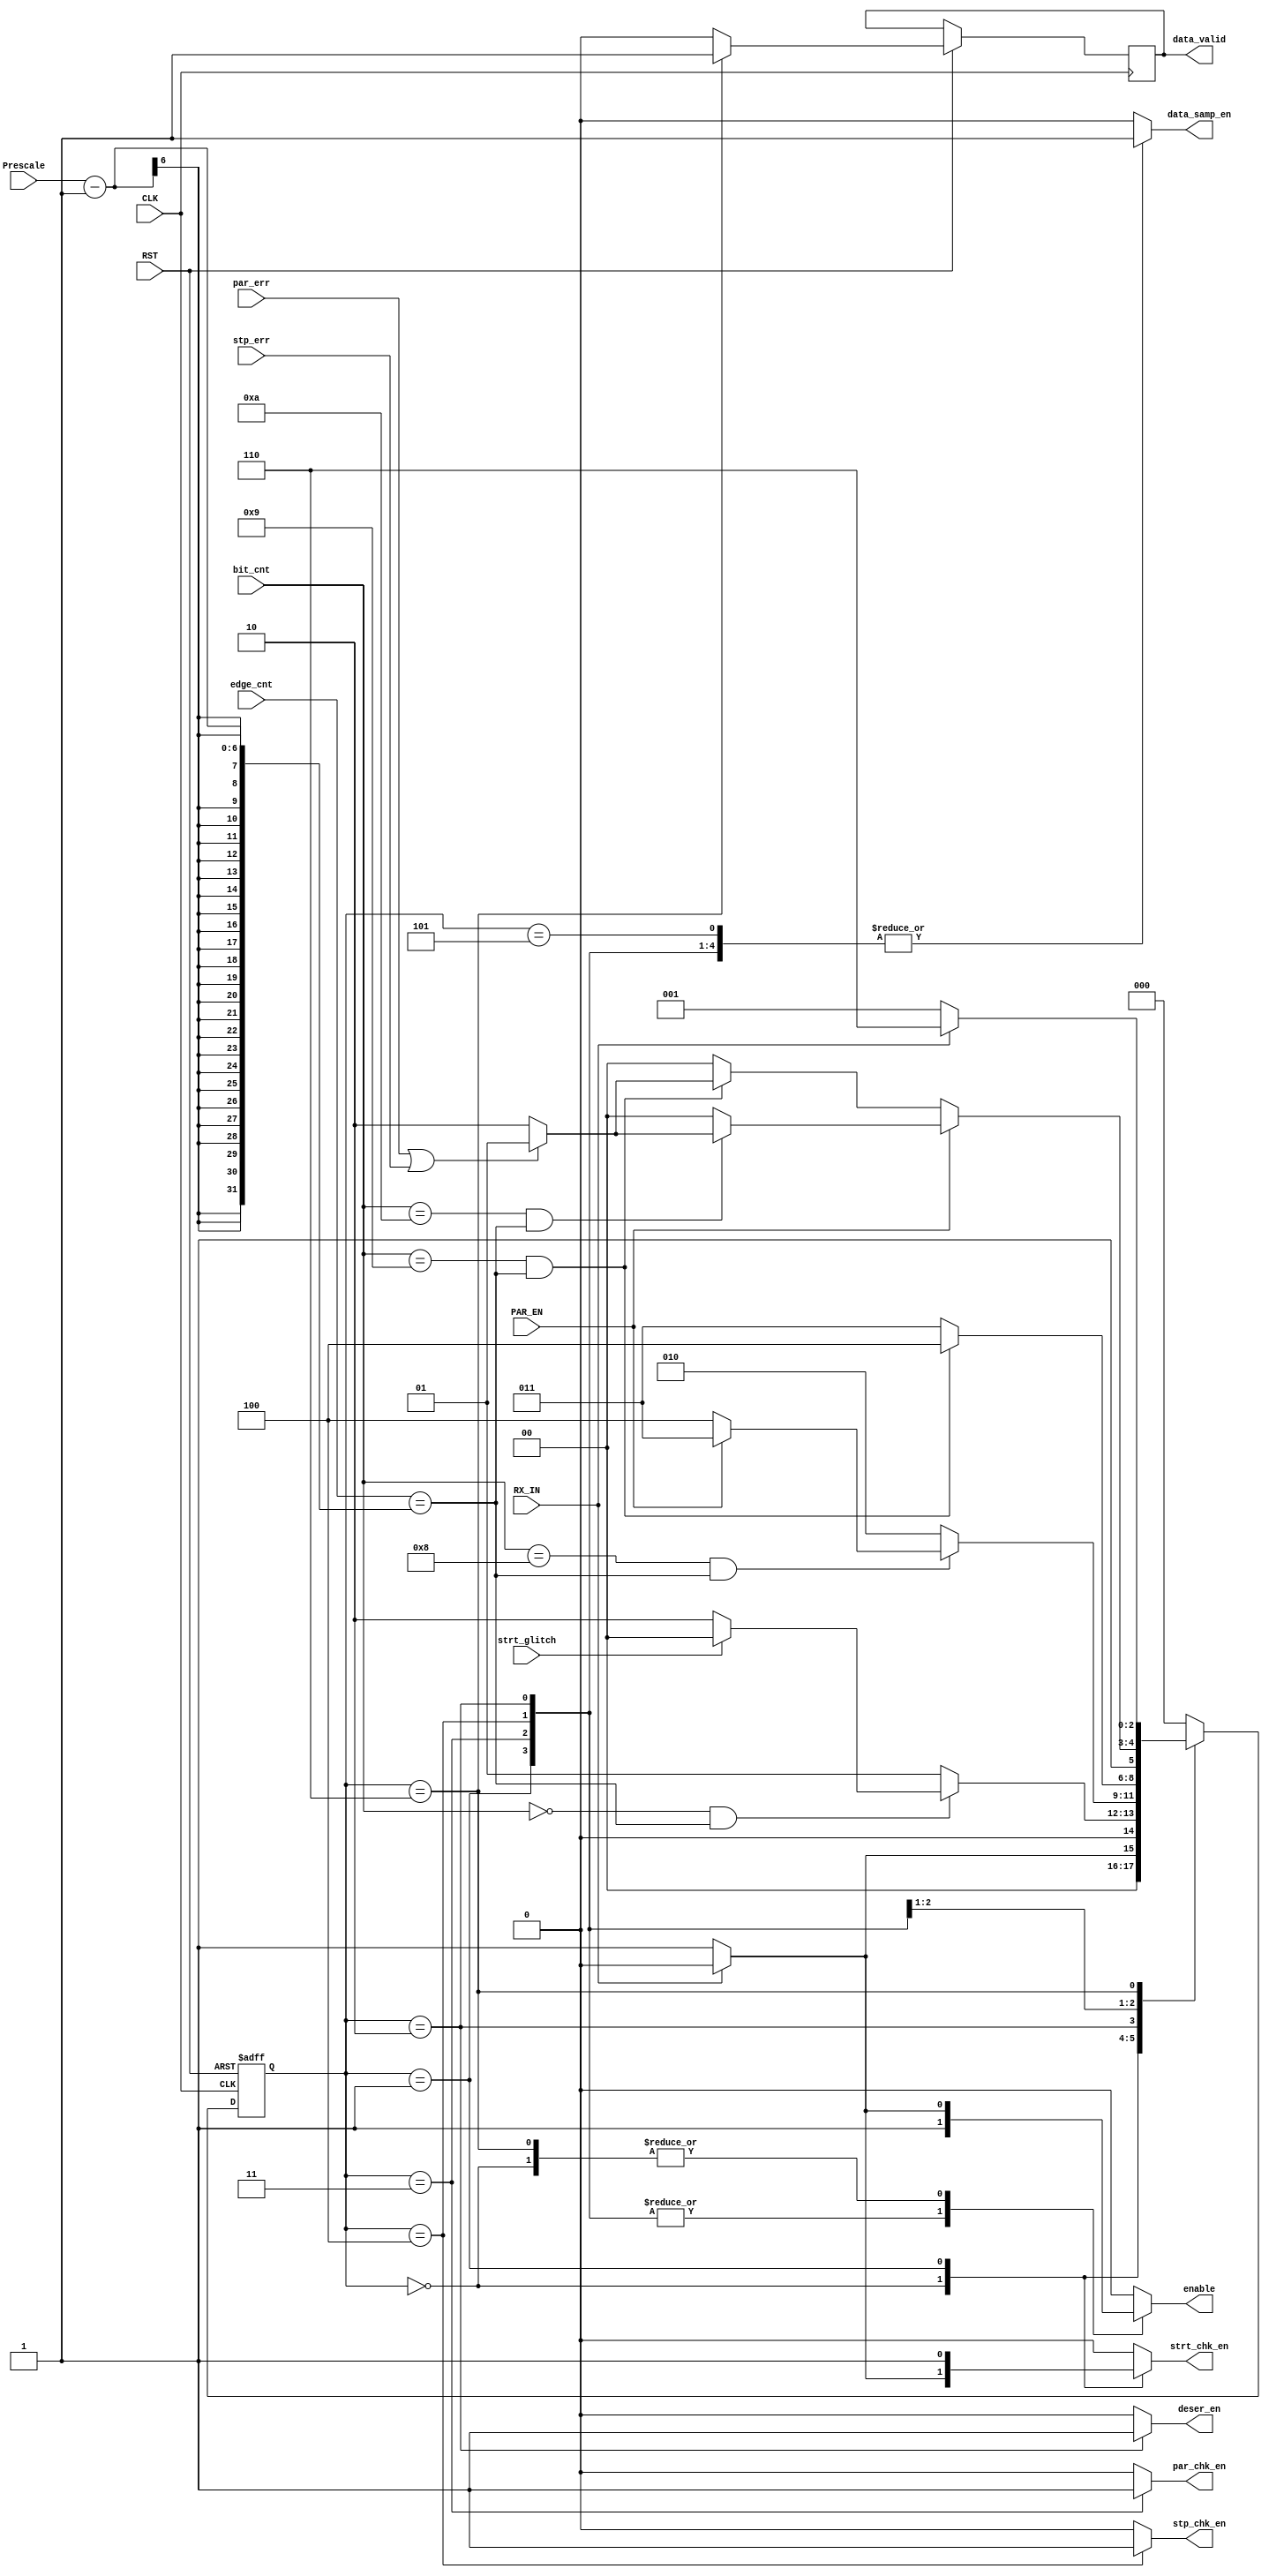
module FSM_RX
//#(parameter Prescale_v = 16)
( 
	input  wire       RX_IN,
	input  wire       PAR_EN,
	input  wire [5:0] edge_cnt,
	input  wire [3:0] bit_cnt,
	input  wire       stp_err,
	input  wire       strt_glitch,
	input  wire       par_err,
	input  wire       CLK,RST,
	input       [5:0] Prescale,
	output reg        data_samp_en,
	
	output reg        enable,
	
	output reg        par_chk_en,
	output reg        strt_chk_en,
	output reg        stp_chk_en,
 
	output reg        deser_en,
	output reg        data_valid
	);


localparam [2:0] 		IDLE   = 3'b000,
						Start  = 3'b001,
						Data   = 3'b010,
						Parity = 3'b011,
						Stop   = 3'b100,
						error  = 3'b101,  
						DONE   = 3'b110;

reg        [2:0]       c_state,
                       n_state ;
reg data_valid_c;

always @(posedge CLK or negedge RST) 
begin
	if (!RST) 
	begin
	  c_state<=IDLE;
    end
	else 
	begin
	  c_state<=n_state;	
	  data_valid<=data_valid_c;
	end
end



always@(*)
begin

 case(c_state)
   IDLE:
    begin
     if (!RX_IN ) 
      begin
      n_state=Start;	
      end
     else
      begin
      n_state=IDLE;	
      end
    end
   Start:
    begin
    if ( (bit_cnt==0) && (edge_cnt==(Prescale-1)) )  //(Prescale-6'd1)
     begin
       if (strt_glitch) 
        begin
        n_state=IDLE;	
        end
       else              //else if(bit_cnt==1)
        begin
        n_state=Data;	
        end
     end
    else
      n_state=Start;
    end

   Data:
    begin
    
     if ( (bit_cnt==4'd8) && (edge_cnt==(Prescale-1)))                 // if(bit_cnt==9)
      begin
       if(PAR_EN)
        n_state= Parity;
       else
        n_state=Stop;
       end
     else
      n_state = Data;    
    end   
   
   Parity:
    begin
     if ( (bit_cnt==4'd9) && (edge_cnt==(Prescale-1)))  //(Prescale-6'd1)
      n_state=Stop;
     else
      n_state=Parity;
    end
   
   Stop:	
    begin
     if(PAR_EN)
      begin 
       if ((bit_cnt==4'd10 )&& (edge_cnt==(Prescale-1)))
        begin
         if(par_err|stp_err)
          n_state=error; 
          else
          n_state=DONE; 
        end
       else
         n_state=Stop;
     end
     else
      begin
       if ((bit_cnt==4'd9 )&& (edge_cnt==(Prescale-1)))
        begin
        if(par_err|stp_err)
          n_state=error; 
          else
          n_state=DONE; 
        end
       else
         n_state=Stop;
      end  
    end

   error:
     n_state=IDLE;
    DONE:
    begin
     //if(((bit_cnt==4'd10 && (!PAR_EN))||(bit_cnt==4'd11 && (PAR_EN))  && (edge_cnt==4'd15)))           // 
       //begin
       if (!RX_IN) 
       n_state=Start;
       else
       n_state=DONE;
          
     //else 
       //n_state=DONE; 
    end     
    

    default:
     n_state=IDLE;
 endcase
end


always@(*)
begin
 data_samp_en=0;
 enable=0;
 par_chk_en=0;
 strt_chk_en=0;
 stp_chk_en=0;
 deser_en=0;
 data_valid_c=0;
 
  case(c_state)
   IDLE:
    begin
     if (!RX_IN ) 
      begin
       enable=1;
       data_samp_en=0;
       strt_chk_en=1;	
      end
    end
   Start:
    begin
       enable=1;
       data_samp_en=1;
       strt_chk_en=1;
    end
   
   Data:
    begin
       enable=1;
       data_samp_en=1;
       deser_en=1;
    end   
   
   Parity:
    begin
       enable=1;
       data_samp_en=1;
       par_chk_en=1;
    end
   
   Stop:
    begin
       enable=1;
       data_samp_en=1;
       //par_chk_en=1;
       stp_chk_en=1;
     end
   error:
    begin
       enable=0;
       data_samp_en=1;

    end
    DONE:
    begin
     data_valid_c=1;
    data_samp_en=0;
    if(!RX_IN)
    enable=1;
    else
    enable=0;

   
    end


    default:
    begin
    data_samp_en=0;
    enable=0;
    par_chk_en=0;
    strt_chk_en=0;
    stp_chk_en=0;
    deser_en=0;
    data_valid_c=0;	
    end
   
 endcase
end
endmodule